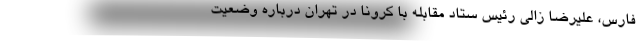
فارس، علیرضا زالی رئیس ستاد مقابله با کرونا در تهران درباره وضعیت